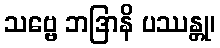
သဗ္ဗေ ဘဒြာနိ ပဿန္တု၊